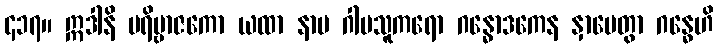
၄၁၇။ ဣဒါနိ ပရိဗ္ဗာဇကော ယထာ နာမ ဂါမသူကရော ဂန္ဓောဒကေန နှာပေတွာ ဂန္ဓေဟိ